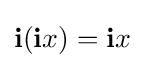
\mathbf {i} (\mathbf {i} x)=\mathbf {i} x